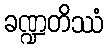
ခဏ္ဍတိဿံ